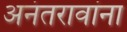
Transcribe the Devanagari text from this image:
अनंतरावांना